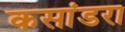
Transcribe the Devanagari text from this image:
कसांडरा